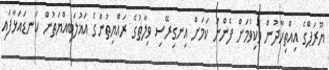
ޔޫރަޕްގެ އިއްތިހާދުން ވަކިވުމަށް ފެންނަ ކަމަށް އިނގިރޭސި ވިލާތުގެ ރައްޔިތުންގެ އަޣުލަބިއްޔަތުން ކަނޑައަޅާފައި